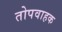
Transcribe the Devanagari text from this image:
तोपवाहक